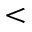
<